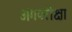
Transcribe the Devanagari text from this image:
अंगपरीक्षा